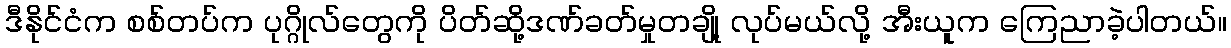
ဒီနိုင်ငံက စစ်တပ်က ပုဂ္ဂိုလ်တွေကို ပိတ်ဆို့ဒဏ်ခတ်မှုတချို့ လုပ်မယ်လို့ အီးယူက ကြေညာခဲ့ပါတယ်။